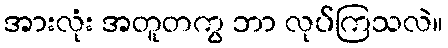
အားလုံး အတူတကွ ဘာ လုပ်ကြသလဲ။